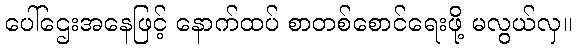
ပေါ်ဌေးအနေဖြင့် နောက်ထပ် စာတစ်စောင်ရေးဖို့ မလွယ်လှ။